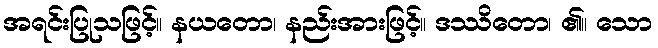
အရင်းပြုသဖြင့်။ နယတော၊ နည်းအားဖြင့်။ ဒဿိတော၊ ၏။ သော